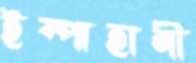
ইস্পাহানী